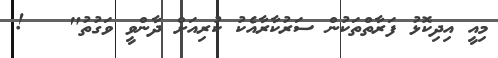
މިއީ އިދިކޮޅު ފަރާތްތަކުން ސަރުކާރާއެކު ކުރިއަށް ދާންވީ ވަގުތު"   !